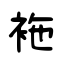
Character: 袘